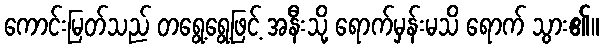
ကောင်းမြတ်သည် တရွေ့ရွေ့ဖြင့် အနီးသို့ ရောက်မှန်းမသိ ရောက် သွား၏။